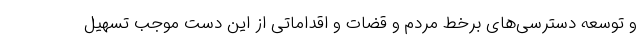
و توسعه دسترسی‌های برخط مردم و قضات و اقداماتی از این دست موجب تسهیل